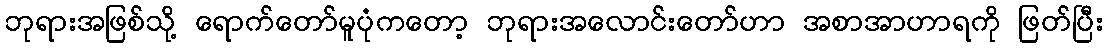
ဘုရားအဖြစ်သို့ ရောက်တော်မူပုံကတော့ ဘုရားအလောင်းတော်ဟာ အစာအာဟာရကို ဖြတ်ပြီး